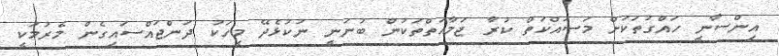
އިންސާނީ ހައްގުތަަކަށް މަސައްކަތް ކުރާ ޖަމާއަތްތަކުން ބުނަނީ ނުކުޅެދޭ މީހަކު ދަންޖައްސައިގެން މެރުމަކީ